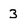
Character: 3